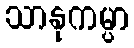
သာနုကမ္ပာ